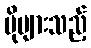
ပိုများသည့်